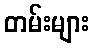
တမ်းများ